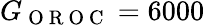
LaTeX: G_{\mathrm{~O~R~O~C~}}=6000